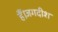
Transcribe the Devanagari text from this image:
हैं।जगदीश